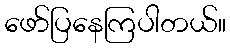
ဖော်ပြနေကြပါတယ်။